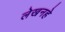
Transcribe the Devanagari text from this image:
लेखनहे